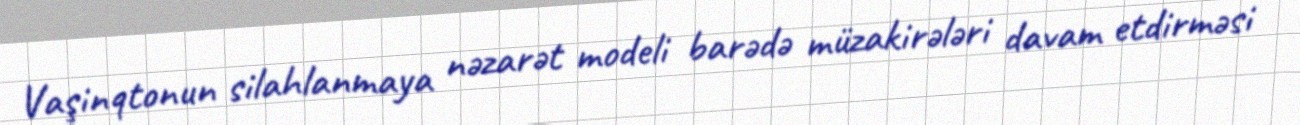
Vaşinqtonun silahlanmaya nəzarət modeli barədə müzakirələri davam etdirməsi